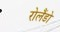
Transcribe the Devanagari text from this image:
रोलैंडो